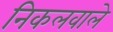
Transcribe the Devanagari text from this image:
निकलवाले